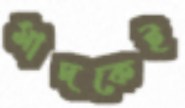
মাদকেই